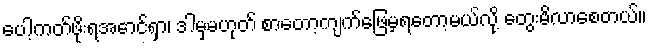
ပေါ့ကတ်ဖိုးရအောင်ရှာ၊ ဒါမှမဟုတ် စာတော့ကျက်ဖြေမှရတော့မယ်လို့ တွေးမိလာစေတယ်။